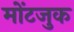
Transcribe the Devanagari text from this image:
मोंटजुक